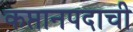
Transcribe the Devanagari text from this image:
कप्तानपदाची